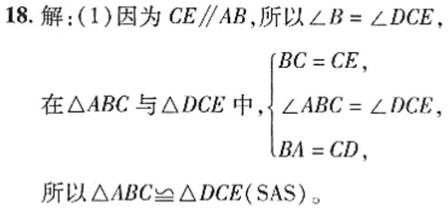
18. 解：(1) 因为 \(CE\parallel AB\)，所以 \(\angle B = \angle DCE\)，
在\(\triangle ABC\)与\(\triangle DCE\)中，\(\begin{cases}BC = CE,\\\angle ABC = \angle DCE,\\BA = CD,\end{cases}\)
所以\(\triangle ABC\cong\triangle DCE(\text{SAS})\)。